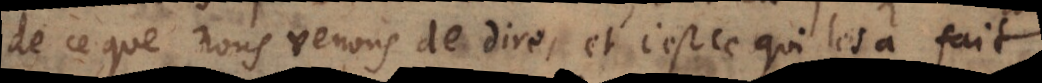
de ce que nous venons de dire, et c’est ce qui les a fait